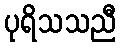
ပုရိသသညီ